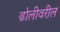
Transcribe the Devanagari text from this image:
ढोलीवरील